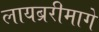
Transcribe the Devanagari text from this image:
लायब्ररीमागे